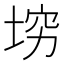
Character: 𰉴